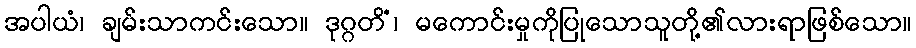
အပါယံ၊ ချမ်းသာကင်းသော။ ဒုဂ္ဂတိံ၊ မကောင်းမှုကိုပြုသောသူတို့၏လားရာဖြစ်သော။